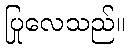
ပြုလေသည်။